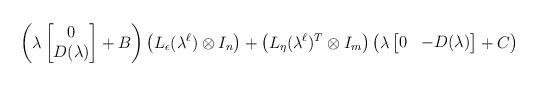
LaTeX: \begin{align*}\left( \lambda \begin{bmatrix} 0 \\ D(\lambda) \end{bmatrix}+B \right)\left(L_\epsilon(\lambda^\ell)\otimes I_n\right)+\left(L_\eta(\lambda^\ell)^T \otimes I_m\right)\left( \lambda \begin{bmatrix} 0 & -D(\lambda) \end{bmatrix}+C\right)\end{align*}